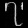
Digit: ၇